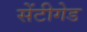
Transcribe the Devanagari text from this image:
सेंटीगेड